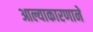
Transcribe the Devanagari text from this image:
आल्याकारणाने